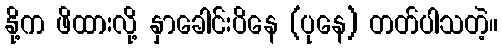
နို့က ဖိထားလို့ နှာခေါင်းပိနေ (ပုနေ) တတ်ပါသတဲ့။